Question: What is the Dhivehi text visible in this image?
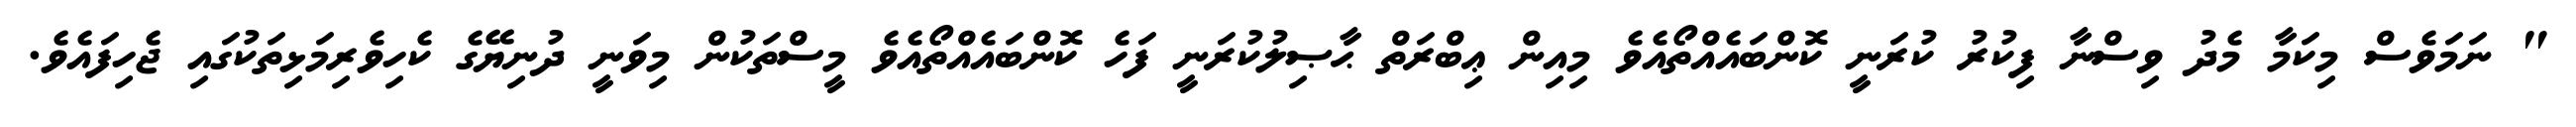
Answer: " ނަމަވެސް މިކަމާ މެދު ވިސްނާ ފިކުރު ކުރަނީ ކޮންބައެއްތޯއެވެ މިއިން ޢިބްރަތް ޙާޞިލުކުރަނީ ފަހެ ކޮންބައެއްތޯއެވެ މީސްތަކުން މިވަނީ ދުނިޔޭގެ ކެހިވެރިމަޅިތަކުގައި ޖެހިފައެވެ.